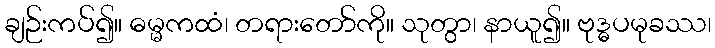
ချဉ်းကပ်၍။ ဓမ္မကထံ၊ တရားတော်ကို။ သုတွာ၊ နာယူ၍။ ဗုဒ္ဓပမုခဿ၊